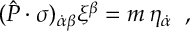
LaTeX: ( \hat { P } \cdot \sigma ) _ { \dot { \alpha } \beta } \xi ^ { \beta } = m \, \eta _ { \dot { \alpha } } \; \; ,